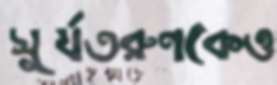
সূর্যতরুণকেও